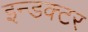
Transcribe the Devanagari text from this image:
इन्डक्टर